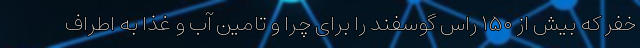
خفر که بیش از ۱۵۰ راس گوسفند را برای چرا و تامین آب و غذا به اطراف